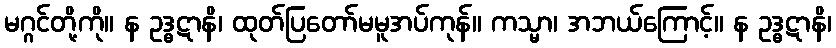
မဂ္ဂင်တို့ကို။ န ဥဒ္ဓဋာနိ၊ ထုတ်ပြတော်မမူအပ်ကုန်။ ကသ္မာ၊ အဘယ်ကြောင့်။ န ဥဒ္ဓဋာနိ၊